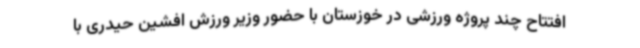
افتتاح چند پروژه ورزشی در خوزستان با حضور وزیر ورزش افشین حیدری با